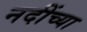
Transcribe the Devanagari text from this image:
नदींच्या